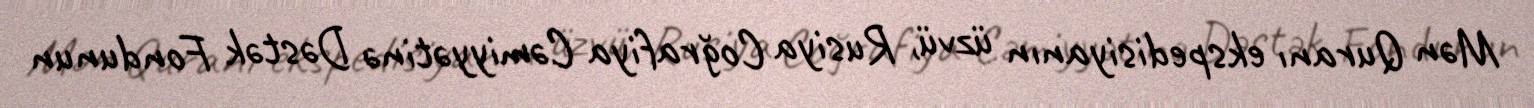
Mən Quranı ekspedisiyanın üzvü, Rusiya Coğrafiya Cəmiyyətinə Dəstək Fondunun